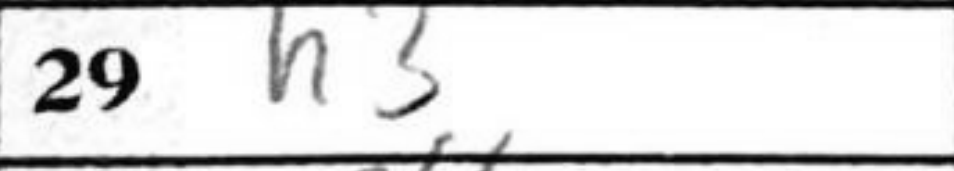
Transcription: h3